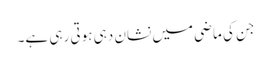
جن کی ماضی میں نشان دہی ہوتی رہی ہے۔